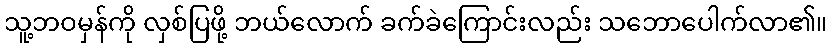
သူ့ဘဝမှန်ကို လှစ်ပြဖို့ ဘယ်လောက် ခက်ခဲကြောင်းလည်း သဘောပေါက်လာ၏။